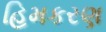
હિમકરણ